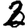
Digit: 2